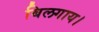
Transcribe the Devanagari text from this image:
बिलगाय।